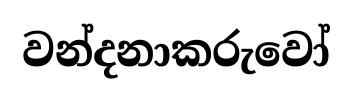
වන්දනාකරුවෝ